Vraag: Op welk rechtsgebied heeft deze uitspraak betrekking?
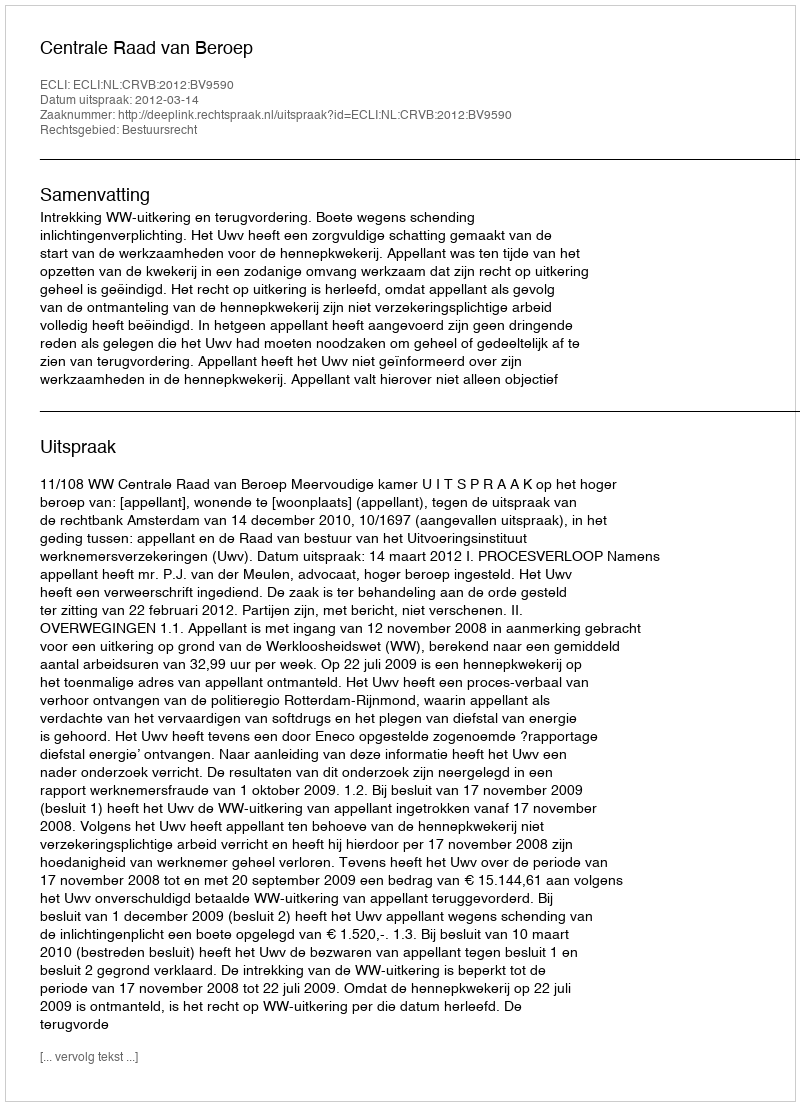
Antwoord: Bestuursrecht